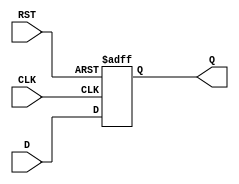
module input_register (
    input wire [N-1:0] D,    // Data input
    input wire CLK,          // Clock input
    input wire RST,          // Reset input
    output reg [N-1:0] Q     // Data output
);
    parameter N = 8;         // Define the width of the register (default is 8 bits)

    // Asynchronous reset and clock edge detection
    always @(posedge CLK or posedge RST) begin
        if (RST) begin
            Q <= {N{1'b0}};   // Reset output to 0
        end else begin
            Q <= D;           // Capture input data on clock edge
        end
    end
endmodule